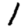
Digit: 1